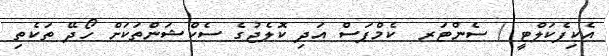
އެކިފެކަލްޓީ / ސެންޓަރ  ކެމްޕަސް އަދި ކޮލެޖުގެ ސެކްޝަންތަކަށް ހޯދޭ ތަކެތި